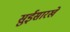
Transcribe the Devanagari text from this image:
सुईसारखे